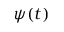
\psi ( t )